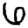
Digit: 6